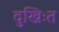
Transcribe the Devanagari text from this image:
दुखिःत